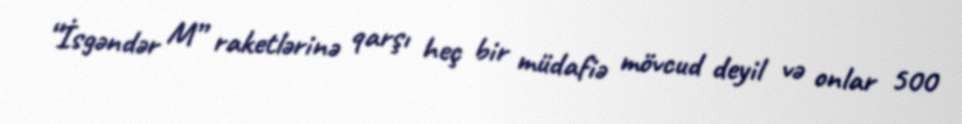
“İsgəndər M” raketlərinə qarşı heç bir müdafiə mövcud deyil və onlar 500